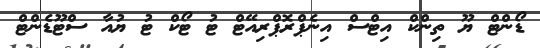
ޑޯންޓް ޔޫ ތިންކް އިޓްސް އިނެޕްރޮޕްރިއޭޓް ޓު ޓޯކް ޓު ޔުއާ ސްޓޫޑެންޓް